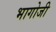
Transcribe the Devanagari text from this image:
भागोजी